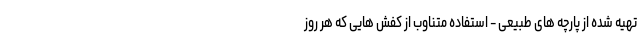
تهیه شده از پارچه های طبیعی - استفاده متناوب از کفش هایی که هر روز